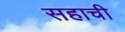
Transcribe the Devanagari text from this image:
सहाची